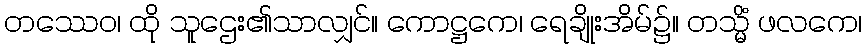
တဿေဝ၊ ထို သူဌေး၏သာလျှင်။ ကောဋ္ဌကေ၊ ရေချိုးအိမ်၌။ တသ္မိံ ဖလကေ၊